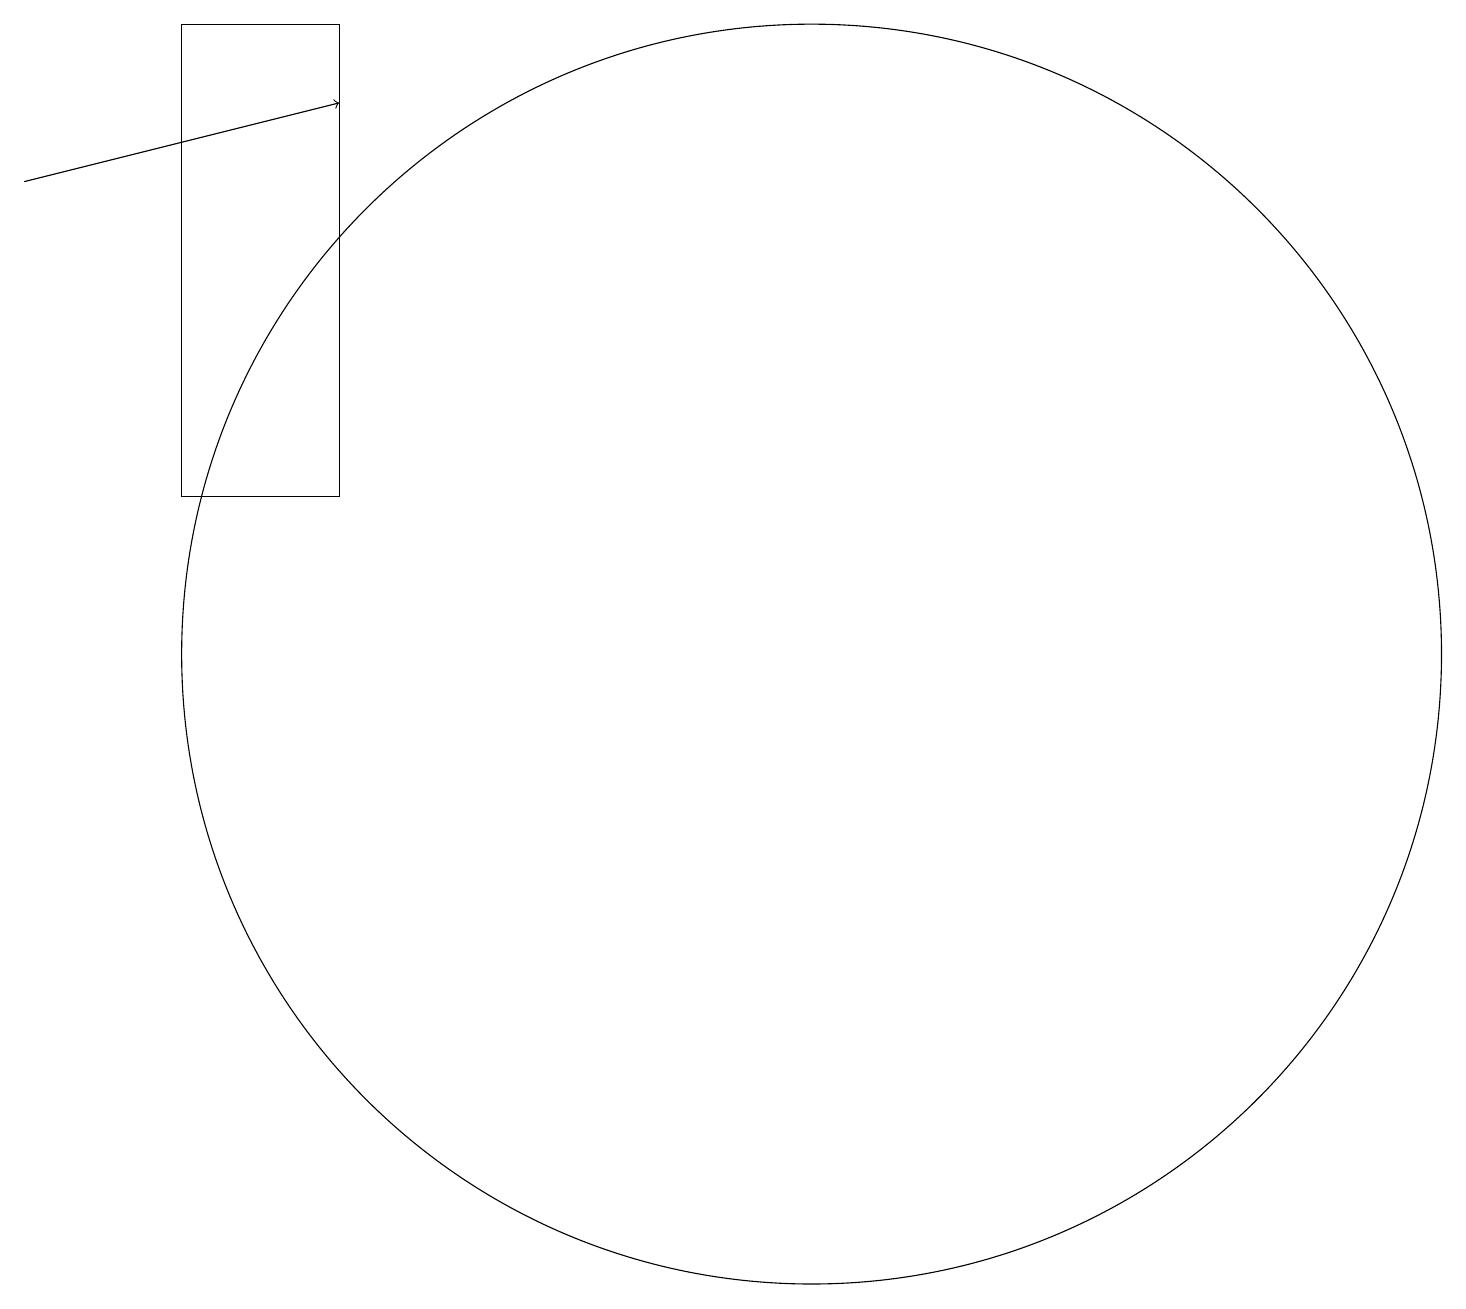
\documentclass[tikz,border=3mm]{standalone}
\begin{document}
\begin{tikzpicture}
\draw[->] (1,17) -- (5,18);
\draw (11,11) circle (8);
\draw (3,19) rectangle (5,13);
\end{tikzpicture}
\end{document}